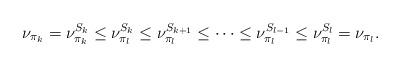
LaTeX: \begin{align*}\nu_{\pi_k} = \nu^{S_k}_{\pi_k} \leq \nu^{S_k}_{\pi_l} \leq \nu^{S_{k+1}}_{\pi_l} \leq \cdots \leq \nu^{S_{l-1}}_{\pi_{l}} \leq \nu^{S_l}_{\pi_l} = \nu_{\pi_l}.\end{align*}